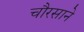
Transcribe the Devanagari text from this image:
चौरसाने